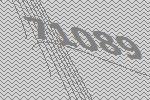
71089